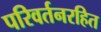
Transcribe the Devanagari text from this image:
परिवर्तनरहित